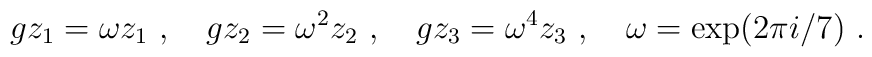
gz_1=\omega z_1~,~~~gz_2=\omega^2 z_2~,~~~g z_3=\omega^4 z_3~, ~~~ \omega=\exp(2\pi i/7)~.